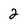
Character: 2